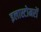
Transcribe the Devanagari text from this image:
इलास्टोमरों